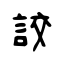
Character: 詨